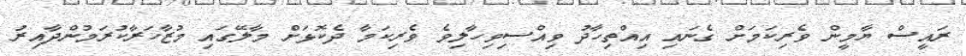
ރައީސް ޔާމީން ވެރިކަމަށް ގެނައި އިއްތިހާދު ވިއްސިވިހާލިވެ ވެރިކަމާ ދެކޮޅަށް މާލޭގައި މުޒާހަރާކުރަމުންދާއިރު